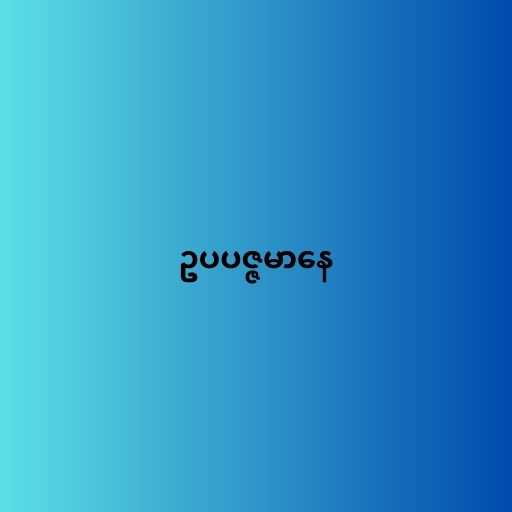
ဥပပဇ္ဇမာနေ